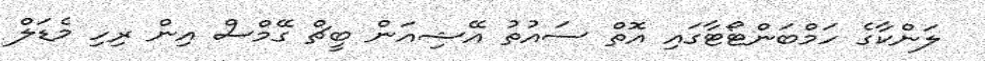
ލަންކާގެ ހަމްބަންޓޯޓާގައި އޮތް ސައުތު އޭޝިއަން ބީޗް ގޭމްސް އިން ރިހި މެޑަލް